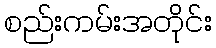
စည်းကမ်းအတိုင်း